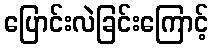
ပြောင်းလဲခြင်းကြောင့်